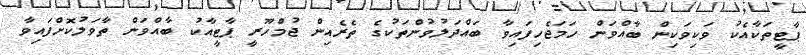
ޕާޓީތަކާއެކު ވަކިވަކިން ބާއްވަން ހަމަޖެހިފައިވާ ބައްދަލުވުންތަކުގެ ތެރެއިން ޖުމްހޫރީ ޕާޓީއާކު ބާއްވަން ތާވަލުކޮށްފައިވާ